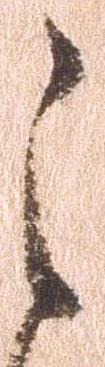
之